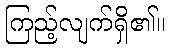
ကြည့်လျက်ရှိ၏။